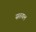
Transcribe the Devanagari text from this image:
सतयल